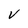
Character: V